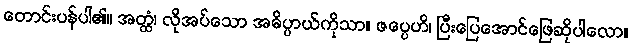
တောင်းပန်ပါ၏။ အတ္ထံ၊ လိုအပ်သော အဓိပ္ပာယ်ကိုသာ။ ဇပ္ပေဟိ၊ ပြီးပြေအောင်ဖြေဆိုပါလော။